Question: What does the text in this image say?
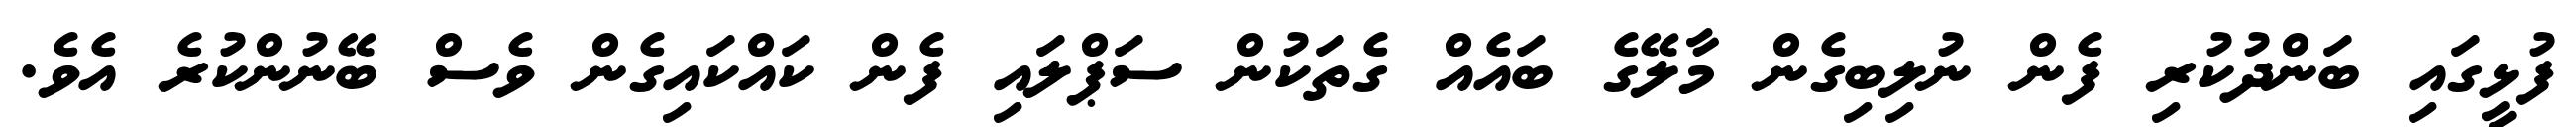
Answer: ފުޅީގައި ބަންދުކުރި ފެން ނުލިބިގެން މާލޭގެ ބައެއް ގެތަކުން ސަޕްލައި ފެން ކައްކައިގެން ވެސް ބޭނުންކުރެ އެވެ.